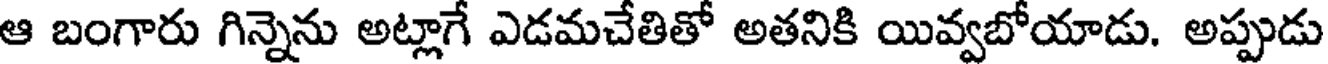
ఆ బంగారు గిన్నెను అట్లాగే ఎడమచేతితో అతనికి యివ్వబోయాడు. అప్పుడు